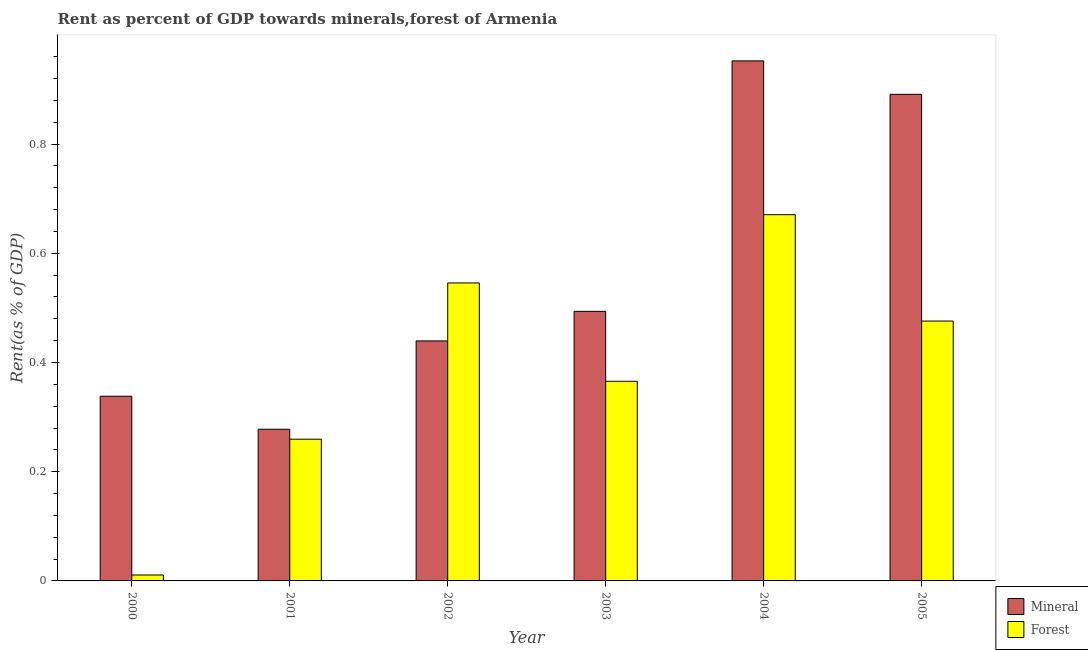
| Year | Mineral | Forest |
 | --- | --- | --- |
 | 2000 | 0.338 | 0.0108 |
 | 2001 | 0.278 | 0.26 |
 | 2002 | 0.44 | 0.546 |
 | 2003 | 0.494 | 0.366 |
 | 2004 | 0.952 | 0.671 |
 | 2005 | 0.891 | 0.476 |